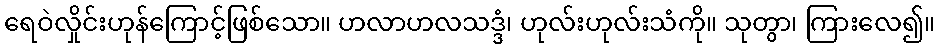
ရေဝဲလှိုင်းဟုန်ကြောင့်ဖြစ်သော။ ဟလာဟလသဒ္ဒံ၊ ဟုလ်းဟုလ်းသံကို။ သုတွာ၊ ကြားလေ၍။